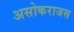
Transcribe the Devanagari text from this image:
असोकराजस